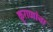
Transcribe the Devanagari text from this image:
कुराणांचा